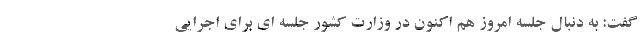
گفت: به دنبال جلسه امروز هم اکنون در وزارت کشور جلسه ای برای اجرایی